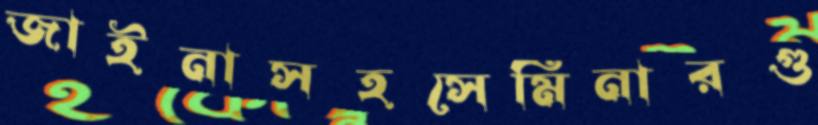
জাইনাসহসেমিনারগু